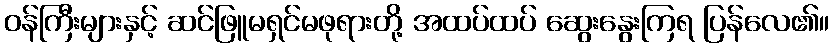
ဝန်ကြီးများနှင့် ဆင်ဖြူမရှင်မဖုရားတို့ အထပ်ထပ် ဆွေးနွေးကြရ ပြန်လေ၏။